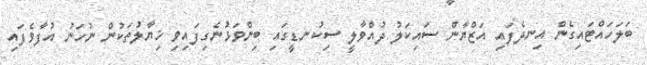
ބަލަހައްޓައިގެން އިނދެފައި އަޒްޔާން ސައިކަލު ދުއްވާލީ ސިކުނޑީގައި ބިންވަޅުނެގިފައިވި ޚިޔާލުތަކުން ނުހަނު އުފާވެފައި